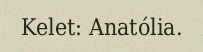
Kelet: Anatólia.